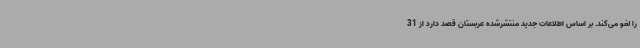
را لغو می‌کند. بر اساس اطلاعات جدید منتشرشده عربستان قصد دارد از 31